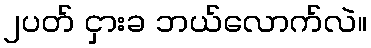
၂ပတ် ငှားခ ဘယ်လောက်လဲ။